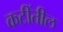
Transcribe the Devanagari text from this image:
कटींतील